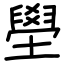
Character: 壆